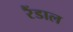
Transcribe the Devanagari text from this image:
रैंडाल